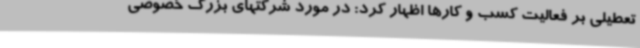
تعطیلی بر فعالیت کسب و کارها اظهار کرد: در مورد شرکتهای بزرگ خصوصی